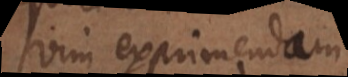
vim exprimendam.